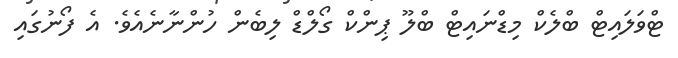
ޓްވަލައިޓް ބްލެކް މިޑްނައިޓް ބްލޫ ޕިންކް ގޯލްޑް ލިބެން ހުންނާނެއެވެ. އެ ފޯނުގައި